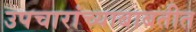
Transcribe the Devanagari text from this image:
उपचारांच्याबाबतीत